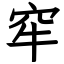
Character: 窂